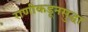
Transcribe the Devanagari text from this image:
राणीकडूनसुद्धा